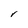
Character: r